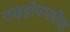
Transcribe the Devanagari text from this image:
लक्षद्वीपमधील